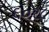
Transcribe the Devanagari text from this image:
६०२८